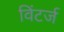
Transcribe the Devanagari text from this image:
विंटर्ज